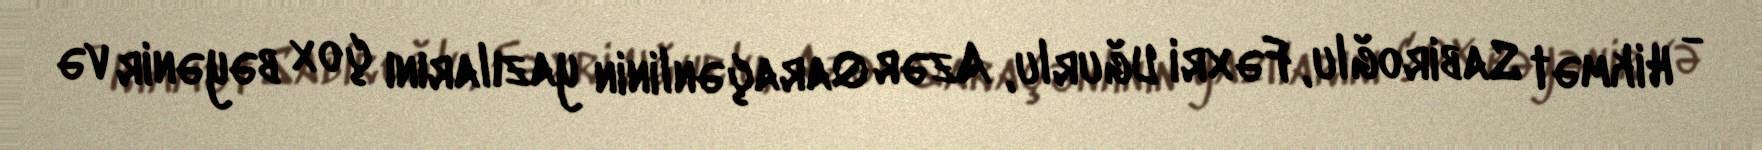
- Hikmət Sabiroğlu, Fəxri Uğurlu, Azər Qaraçənlinin yazılarını çox bəyənir və